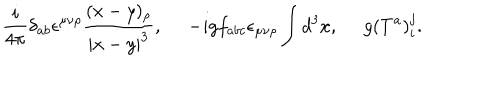
LaTeX: { \frac { i } { 4 \pi } } \delta _ { a b } \epsilon ^ { \mu \nu \rho } { \frac { ( x - y ) _ { \rho } } { | x - y | ^ { 3 } } } , \, \, \, \, \, \, \, \, - i g f _ { a b c } \epsilon _ { \mu \nu \rho } \int d ^ { 3 } x , \, \, \, \, \, \, \, \, g ( T ^ { a } ) _ { i } ^ { j } .